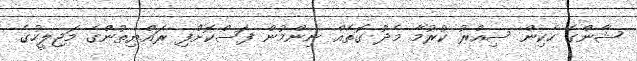
ޝާންގެ ހެކިން ސިއްރު ކުރުމާ މެދު ގޮތެއް ނިންމުން ފަސްކޮށްފި ރައްޔިތުންގެ މަޖިލީހުގެ